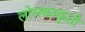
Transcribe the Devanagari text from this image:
लोलकाकृती